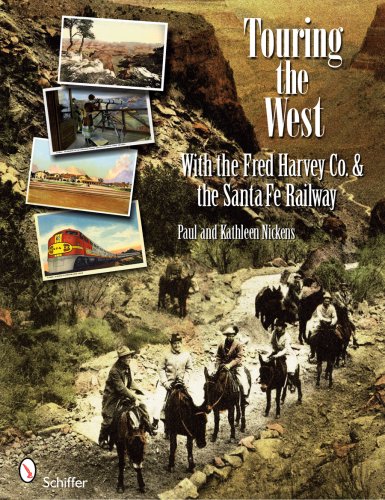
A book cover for Touring the West: With the Fred Harvey Co. & the Santa Fe Railway; Paul Nickens; Travel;